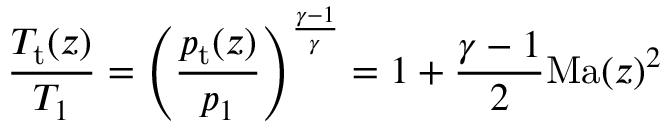
\frac { T _ { \mathrm { t } } ( z ) } { T _ { 1 } } = \left( \frac { p _ { \mathrm { t } } ( z ) } { p _ { 1 } } \right) ^ { \frac { \gamma - 1 } { \gamma } } = 1 + \frac { \gamma - 1 } { 2 } \mathrm { M a } ( z ) ^ { 2 }